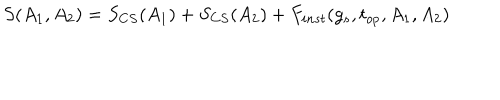
S ( A _ { 1 } , A _ { 2 } ) = S _ { C S } ( A _ { 1 } ) + S _ { C S } ( A _ { 2 } ) + F _ { i n s t } ( g _ { s } , t _ { o p } , A _ { 1 } , A _ { 2 } )